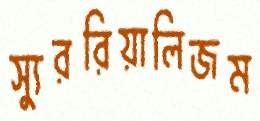
স্যুররিয়ালিজম